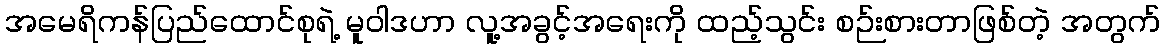
အမေရိကန်ပြည်ထောင်စုရဲ့ မူဝါဒဟာ လူ့အခွင့်အရေးကို ထည့်သွင်း စဉ်းစားတာဖြစ်တဲ့ အတွက်